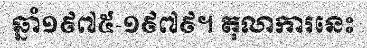
ឆ្នាំ១៩៧៥-១៩៧៩។ តុលាការនេះ